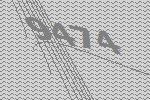
9474